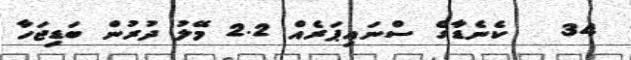
34   ކެނެޑާގެ ސްނައިޕަރެއް 2.2 މޭލު ދުރުން ބަޑިޖަހާ